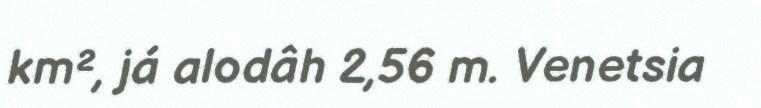
km², já alodâh 2,56 m. Venetsia